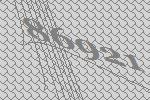
86921